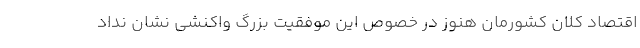
اقتصاد کلان کشورمان هنوز در خصوص این موفقیت بزرگ واکنشی نشان نداد